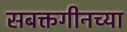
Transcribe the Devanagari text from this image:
सबक्तगीनच्या